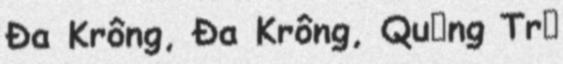
Đa Krông, Đa Krông, Quảng Trị